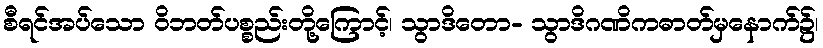
စီရင်အပ်သော ဝိဘတ်ပစ္စည်းတို့ကြောင့်၊ သွာဒိတော- သွာဒိဂဏိကဓာတ်မှနောက်၌၊